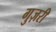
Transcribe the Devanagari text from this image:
गुज़रीं